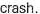
crash.